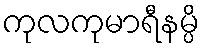
ကုလကုမာရီနမ္ပိ